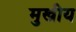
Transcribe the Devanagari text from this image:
मुखीय